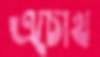
এচোখ